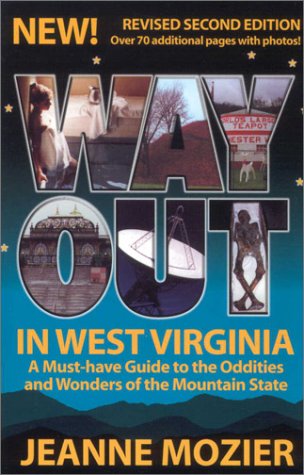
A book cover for Way Out in West Virginia: A Must Have Guide to the Oddities & Wonders of the Mountain State; Jeanne Mozier; Travel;